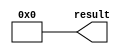
module  ALU_CONST_ZERO_lpm_constant
	( 
	result) /* synthesis synthesis_clearbox=1 */;
	output   [30:0]  result;


	assign
		result = {31{1'b0}};
endmodule